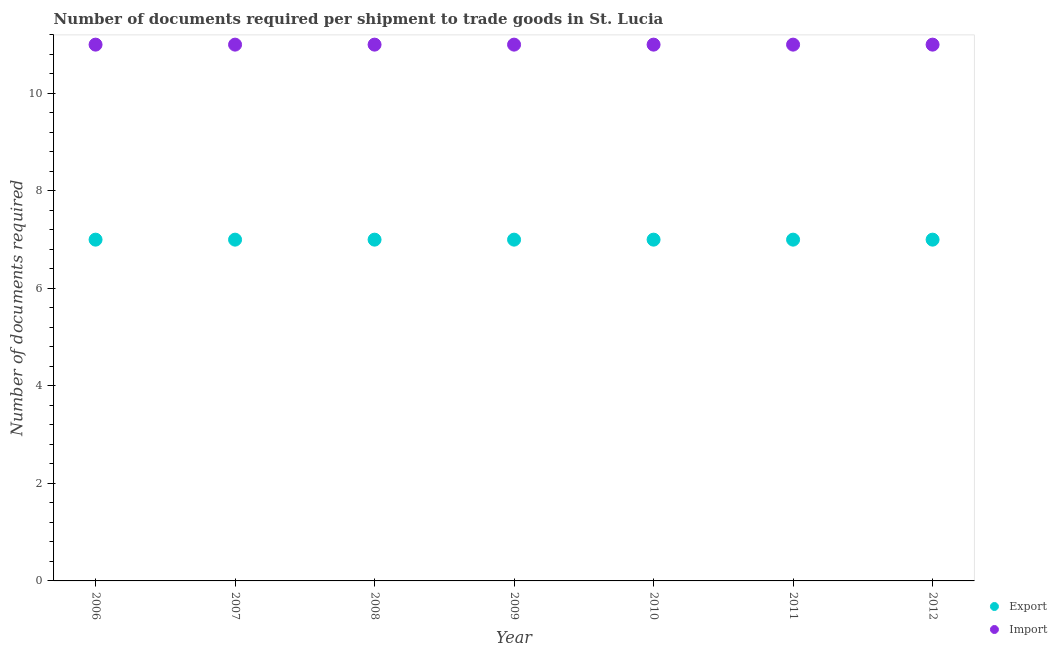
| Year | Export | Import |
 | --- | --- | --- |
 | 2006 | 7 | 11 |
 | 2007 | 7 | 11 |
 | 2008 | 7 | 11 |
 | 2009 | 7 | 11 |
 | 2010 | 7 | 11 |
 | 2011 | 7 | 11 |
 | 2012 | 7 | 11 |